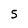
Character: 5